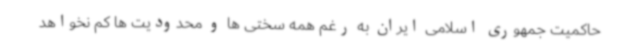
حاکمیت جمهوری اسلامی ایران به رغم همه سختی ها و محدودیت ها کم نخواهد